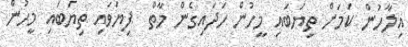
އިލާހުން ކަމަށް ތިޔަބައި މީހުން ހަދައިގެން މާތް  ފިޔަވައި ތިޔަބައި މީހުން